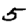
Digit: 5